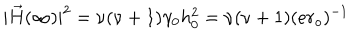
LaTeX: | \vec { H } ( \infty ) | ^ { 2 } = \nu ( \nu + 1 ) \gamma _ { 0 } h _ { 0 } ^ { 2 } = \nu ( \nu + 1 ) ( e r _ { o } ) ^ { - 1 }